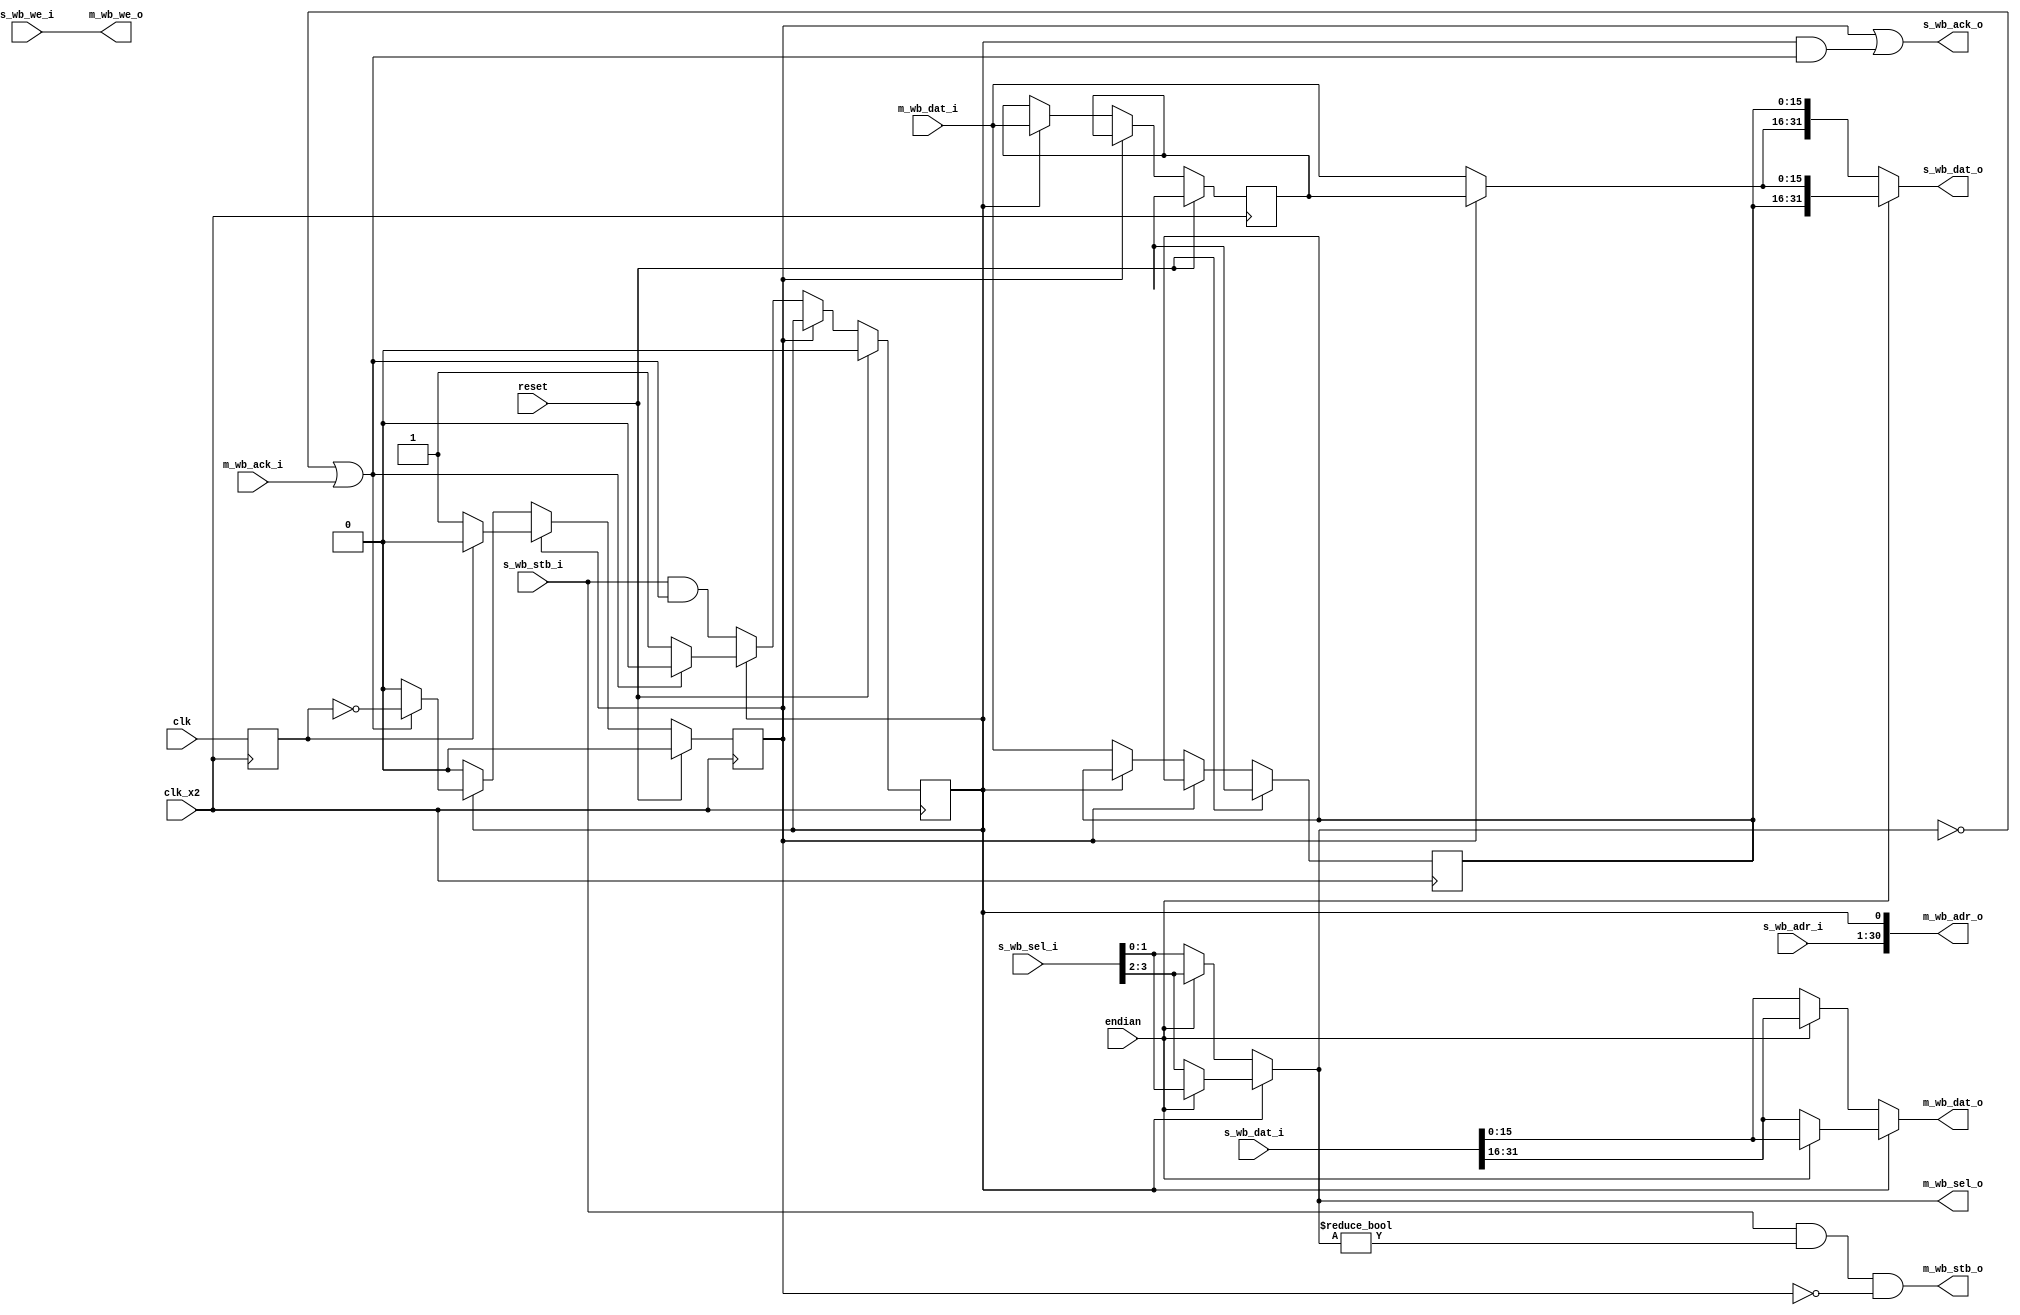
// This program was cloned from: https://github.com/ryuz/jelly
// License: MIT License

// ---------------------------------------------------------------------------
//  Jelly  -- The platform for real-time computing
//
//                                 Copyright (C) 2008-2015 by Ryuz
//                                 https://github.com/ryuz/jelly.git
// ---------------------------------------------------------------------------



`timescale 1ns / 1ps
`default_nettype none



// whishbone x2 clock and width convert bridge
module jelly_wishbone_width_clk_x2
        #(
            parameter   S_WB_ADR_WIDTH  = 30,
            parameter   S_WB_DAT_WIDTH  = 32,
            parameter   S_WB_SEL_WIDTH  = (S_WB_DAT_WIDTH / 8),
            
            parameter   M_WB_ADR_WIDTH = S_WB_ADR_WIDTH + 1,
            parameter   M_WB_DAT_WIDTH = (S_WB_DAT_WIDTH >> 1),
            parameter   M_WB_SEL_WIDTH = (S_WB_SEL_WIDTH >> 1)
        )
        (
            //system
            input   wire                                reset,
            input   wire                                clk,
            input   wire                                clk_x2,
            
            // endian
            input   wire                                endian,
            
            // slave port (WISHBONE)
            input   wire    [S_WB_ADR_WIDTH-1:0]    s_wb_adr_i,
            output  reg     [S_WB_DAT_WIDTH-1:0]    s_wb_dat_o,
            input   wire    [S_WB_DAT_WIDTH-1:0]    s_wb_dat_i,
            input   wire                                s_wb_we_i,
            input   wire    [S_WB_SEL_WIDTH-1:0]    s_wb_sel_i,
            input   wire                                s_wb_stb_i,
            output  reg                                 s_wb_ack_o,
            
            // master port (WISHBONE)
            output  wire    [M_WB_ADR_WIDTH-1:0]    m_wb_adr_o,
            output  wire    [M_WB_DAT_WIDTH-1:0]    m_wb_dat_o,
            input   wire    [M_WB_DAT_WIDTH-1:0]    m_wb_dat_i,
            output  wire                                m_wb_we_o,
            output  wire    [M_WB_SEL_WIDTH-1:0]    m_wb_sel_o,
            output  wire                                m_wb_stb_o,
            input   wire                                m_wb_ack_i
        );
    
    localparam  DELAY = 1.0;
    
    // remove clock jitter when simutation
    reg                                 delay_clk;
    reg     [S_WB_ADR_WIDTH-1:0]        tmp_s_wb_adr_i;
    reg     [S_WB_DAT_WIDTH-1:0]        tmp_s_wb_dat_i;
    reg                                 tmp_s_wb_we_i;
    reg     [S_WB_SEL_WIDTH-1:0]        tmp_s_wb_sel_i;
    reg                                 tmp_s_wb_stb_i;
    wire    [S_WB_DAT_WIDTH-1:0]        tmp_s_wb_dat_o;
    wire                                tmp_s_wb_ack_o;
    always @* begin
        delay_clk          <= #DELAY clk;
        tmp_s_wb_adr_i <= #DELAY s_wb_adr_i;
        tmp_s_wb_dat_i <= #DELAY s_wb_dat_i;
        tmp_s_wb_we_i  <= #DELAY s_wb_we_i;
        tmp_s_wb_sel_i <= #DELAY s_wb_sel_i;
        tmp_s_wb_stb_i <= #DELAY s_wb_stb_i;
        s_wb_dat_o     <= #DELAY tmp_s_wb_dat_o;
        s_wb_ack_o     <= #DELAY tmp_s_wb_ack_o;
    end
    
    
    // clock phase
    reg             reg_phase;
    always @( posedge clk_x2 ) begin
        reg_phase <= delay_clk;
    end
    
    // control
    reg                                 reg_2nd;
    reg                                 reg_end;
    reg     [M_WB_DAT_WIDTH-1:0]    reg_read_dat1;
    reg     [M_WB_DAT_WIDTH-1:0]    reg_read_dat2;
        
    always @( posedge clk_x2 ) begin
        if ( reset ) begin
            reg_2nd       <= 1'b0;
            reg_end       <= 1'b0;
            reg_read_dat1 <= {S_WB_DAT_WIDTH{1'bx}};
            reg_read_dat2 <= {S_WB_DAT_WIDTH{1'bx}};
        end
        else begin
            if ( reg_end ) begin
                if ( reg_phase == 1'b1 ) begin
                    reg_end  <= 1'b0;
                end
            end
            else begin
                if ( reg_2nd == 1'b0 ) begin
                    // 1st word
                    reg_read_dat1 <= m_wb_dat_i;
                    reg_2nd       <= tmp_s_wb_stb_i & ((m_wb_sel_o == 0) | m_wb_ack_i);
                end
                else begin
                    // 2nd word
                    reg_read_dat2 <= m_wb_dat_i;
                    if ( (m_wb_sel_o == 0) | m_wb_ack_i ) begin
                        reg_2nd <= 1'b0;
                        reg_end <= (reg_phase != 1'b1);
                    end
                end
            end
        end
    end
    
    wire    [M_WB_DAT_WIDTH-1:0]    read_dat1;
    wire    [M_WB_DAT_WIDTH-1:0]    read_dat2;
    assign read_dat1 = reg_read_dat1;
    assign read_dat2 = reg_end ? reg_read_dat2 : m_wb_dat_i;
    
    wire    [M_WB_DAT_WIDTH-1:0]    write_dat1;
    wire    [M_WB_DAT_WIDTH-1:0]    write_dat2;
    wire    [M_WB_SEL_WIDTH-1:0]    write_sel1;
    wire    [M_WB_SEL_WIDTH-1:0]    write_sel2;
    assign write_dat1 = endian ? tmp_s_wb_dat_i[M_WB_DAT_WIDTH +: M_WB_DAT_WIDTH] : tmp_s_wb_dat_i[0 +: M_WB_DAT_WIDTH];
    assign write_dat2 = endian ? tmp_s_wb_dat_i[0 +: M_WB_DAT_WIDTH] : tmp_s_wb_dat_i[M_WB_DAT_WIDTH +: M_WB_DAT_WIDTH];
    assign write_sel1 = endian ? tmp_s_wb_sel_i[M_WB_SEL_WIDTH +: M_WB_SEL_WIDTH] : tmp_s_wb_sel_i[0 +: M_WB_SEL_WIDTH];
    assign write_sel2 = endian ? tmp_s_wb_sel_i[0 +: M_WB_SEL_WIDTH] : tmp_s_wb_sel_i[M_WB_SEL_WIDTH +: M_WB_SEL_WIDTH];
    
    
    assign m_wb_adr_o = {tmp_s_wb_adr_i, reg_2nd};
    assign m_wb_dat_o = reg_2nd ? write_dat2 : write_dat1;
    assign m_wb_we_o  = tmp_s_wb_we_i;
    assign m_wb_sel_o = reg_2nd ? write_sel2 : write_sel1;
    assign m_wb_stb_o = tmp_s_wb_stb_i & (m_wb_sel_o != 0) & !reg_end;
    
    assign tmp_s_wb_dat_o  = endian ? {read_dat1, read_dat2} : {read_dat2, read_dat1};
    assign tmp_s_wb_ack_o  = reg_end | (reg_2nd & ((m_wb_sel_o == 0) | m_wb_ack_i));
    
endmodule



`default_nettype wire


// end of file